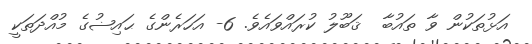
އަޅުތަކުން ވާ ތައުބާ  ޤަބޫލު ކުރައްވައެވެ. 6- އަހަރެންގެ ޙައިޟުގެ މުއްދަތަކީ